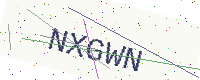
Text: NXGWN